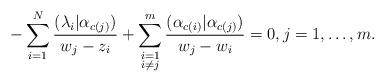
LaTeX: \begin{align*} - \sum_{i=1}^N \frac{(\lambda_i|\alpha_{c(j)})}{w_j - z_i} + \sum_{\substack{i =1\\ i \neq j}}^m \frac{(\alpha_{c(i)}|\alpha_{c(j)})}{w_j - w_i} = 0, j= 1, \ldots, m.\end{align*}